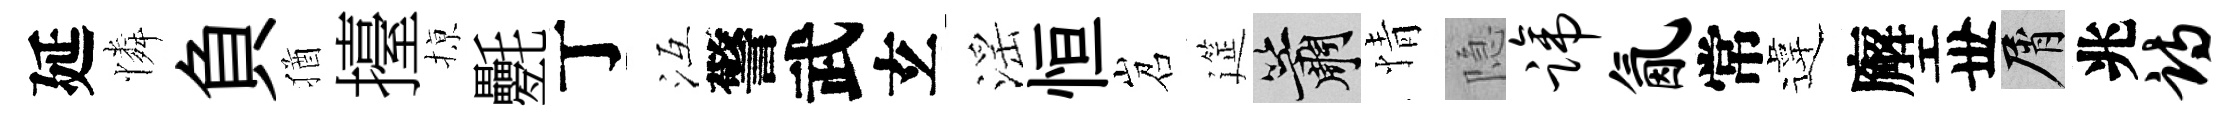
延憐負猶擡𢱊氎丁冱警武𤣥滛恒岧筵簫情隐蹄氤常違廨丗屑兆诗